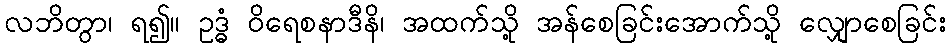
လဘိတွာ၊ ရ၍။ ဥဒ္ဓံ ဝိရေစနာဒီနိ၊ အထက်သို့ အန်စေခြင်းအောက်သို့ လျှောစေခြင်း